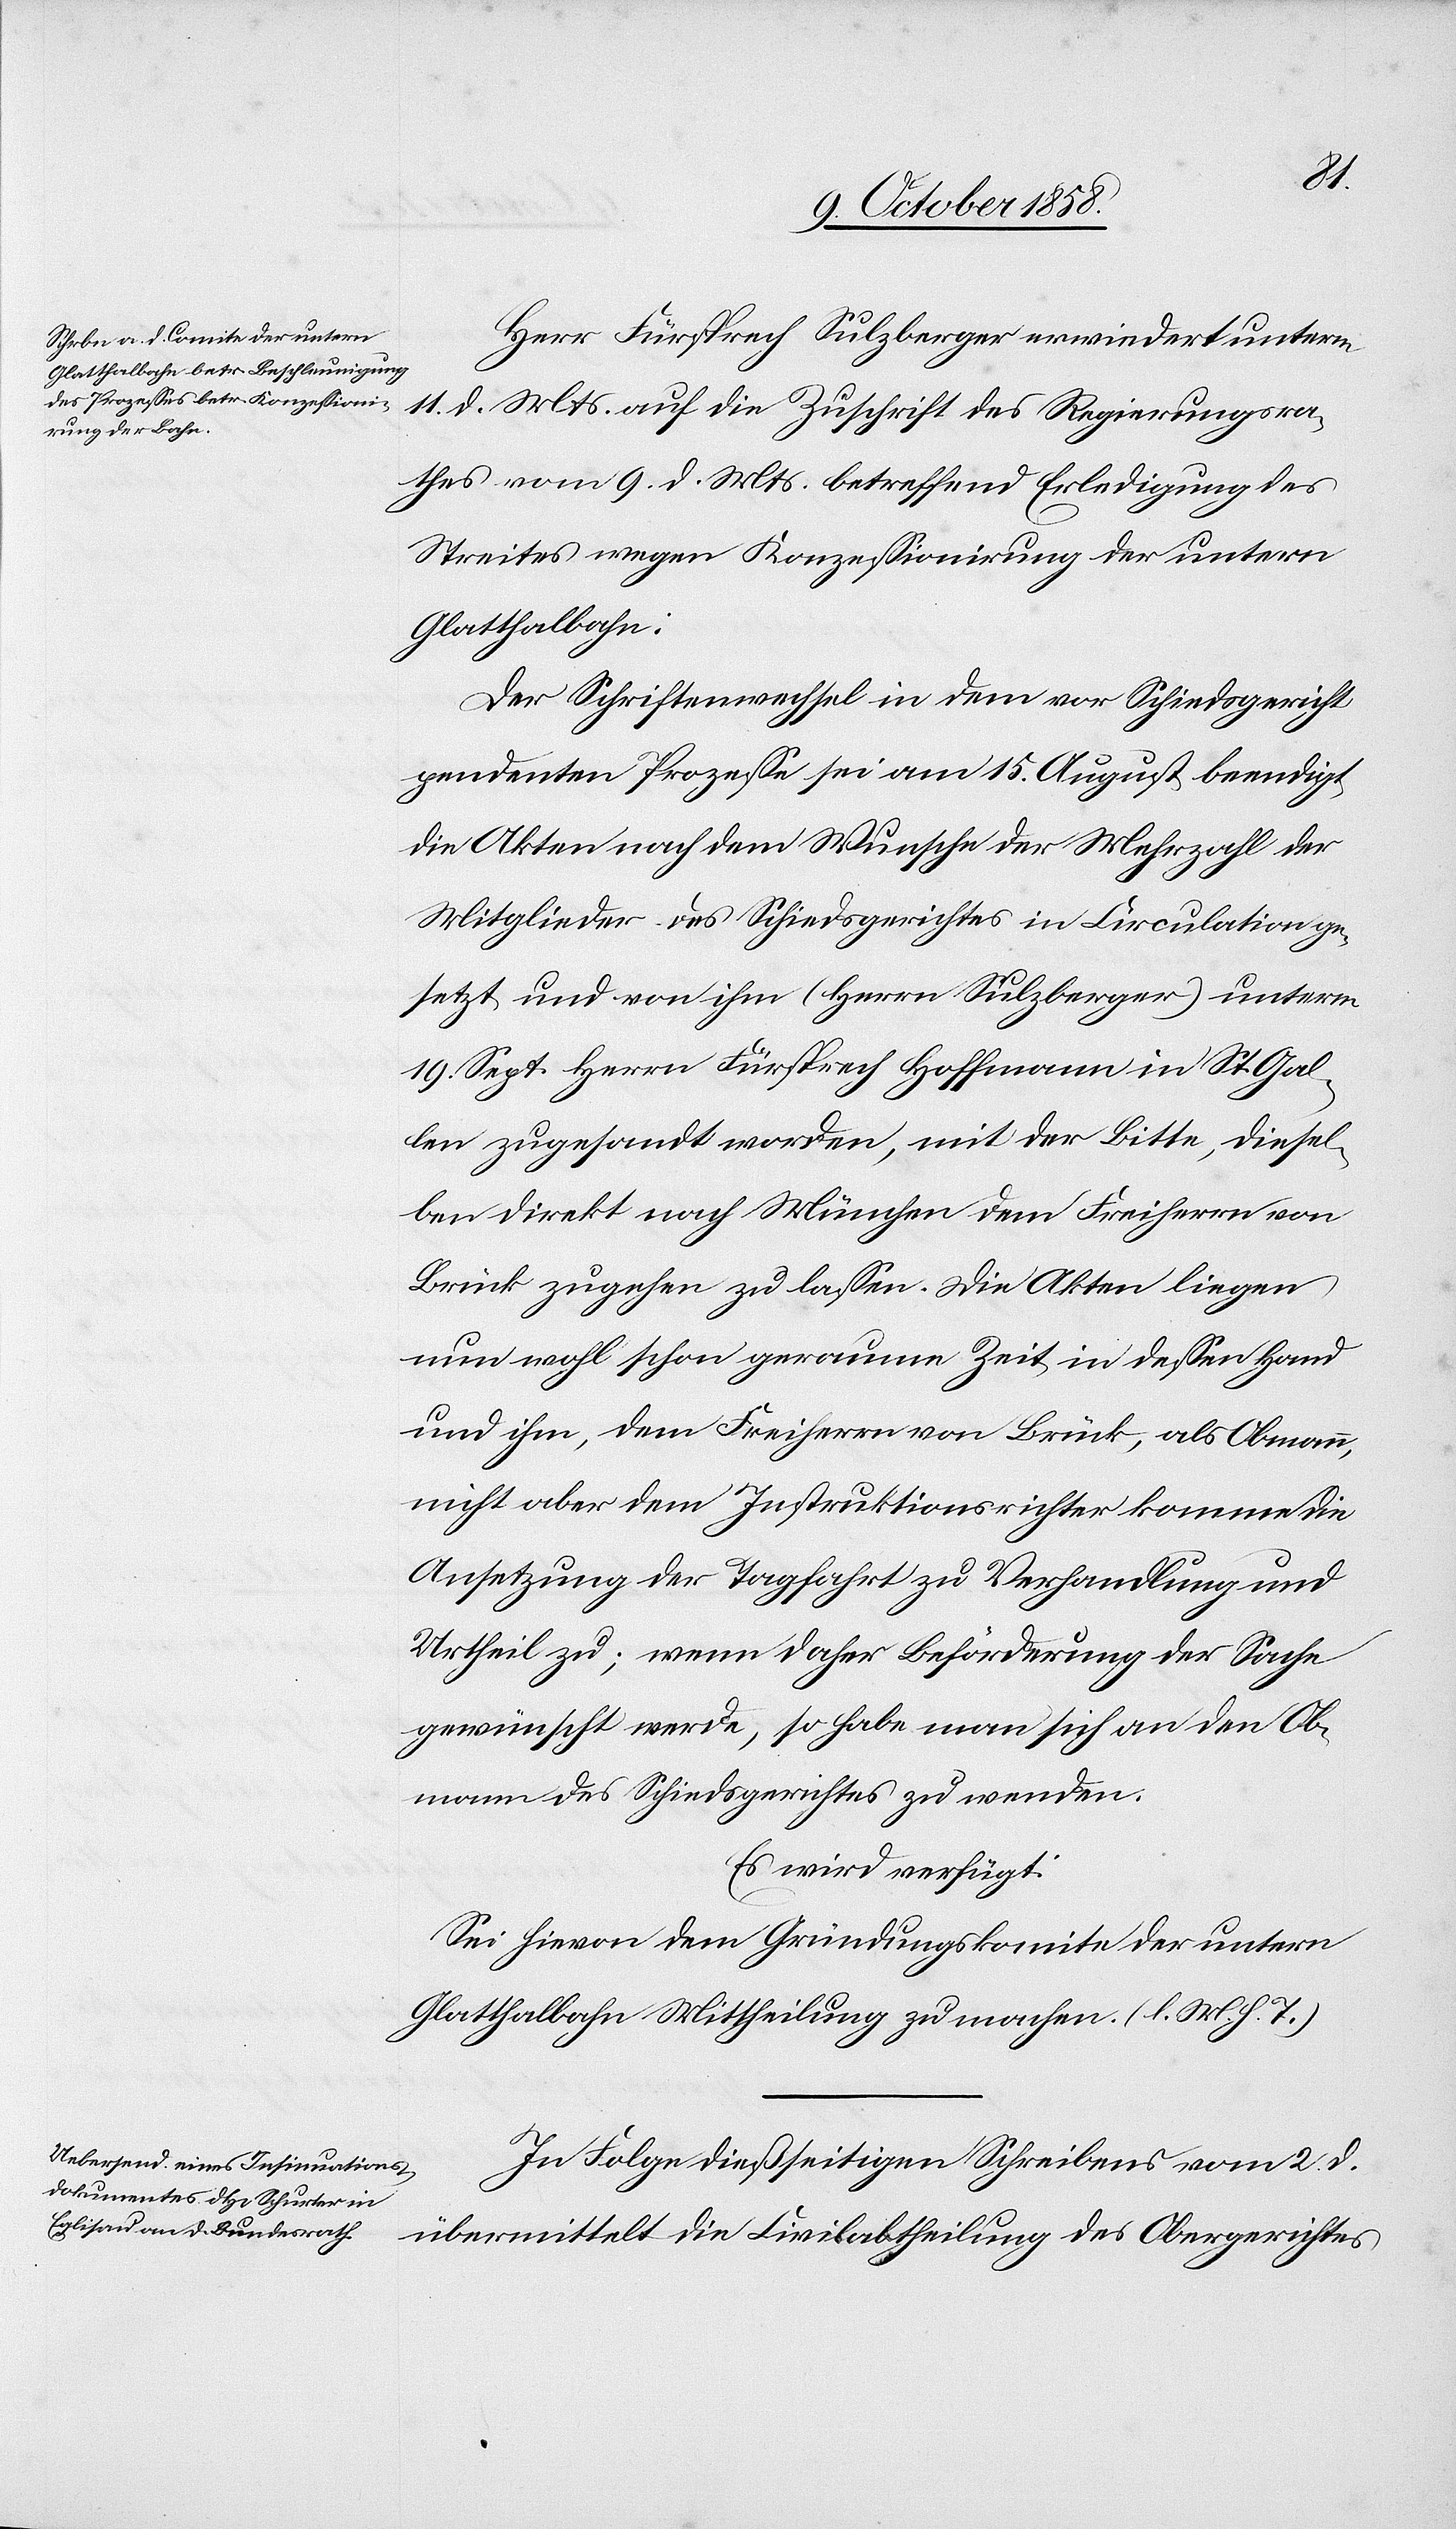
12. Octob. 1858.]
Herr Fürsprech Sulzberger erwiedert unterm
11. d. Mts. auf die Zuschrift des Regierungsra¬
thes vom 9. d. Mts. betreffend Erledigung des
Streites wegen Konzessionirung der untern
Glatthalbahn:
Der Schriftenwechsel in dem vor Schiedsgericht
pendenten Prozesse sei am 15. August beendigt[,]
die Akten nach dem Wunsche der Mehrzahl der
Mitglieder des Schiedsgerichtes in Circulation ge¬
setzt und von ihm (Herrn Sulzberger) unterm
19. Sept. Herrn Fürsprech Hoffmann in St. Gal¬
len zugesandt worden, mit der Bitte, diesel¬
ben direkt nach München dem Freiherrn von
Brück zugehen zu lassen. Die Akten liegen
nun wohl schon geraume Zeit in dessen Hand
und ihm, dem Freiherrn von Brück, als Obmann,
nicht aber dem Instruktionsrichter komme die
Ansetzung der Tagfahrt zu Verhandlung und
Urtheil zu; wenn daher Beförderung der Sache
gewünscht werde, so habe man sich an den Ob¬
mann des Schiedsgerichtes zu wenden.
Es wird verfügt:
Sei hievon dem Gründungskomite der untern
Glatthalbahn Mittheilung zu machen. (l. M. h. T.)
In Folge dießseitigen Schreibens vom 2. d.
übermittelt die Civilabtheilung des Obergerichtes